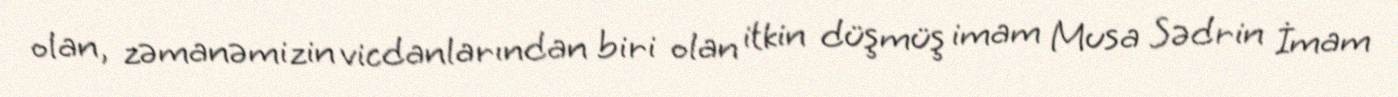
olan, zəmanəmizin vicdanlarından biri olan itkin düşmüş imam Musa Sədrin İmam